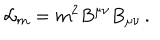
{ \cal L } _ { m } = m ^ { 2 } B ^ { \mu \nu } B _ { \mu \nu } \, .